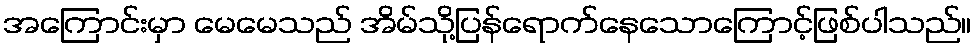
အကြောင်းမှာ မေမေသည် အိမ်သို့ပြန်ရောက်နေသောကြောင့်ဖြစ်ပါသည်။